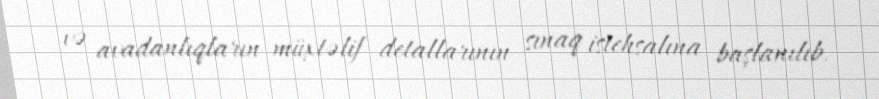
və avadanlıqların müxtəlif detallarının sınaq istehsalına başlanılıb.